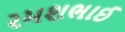
રમશભાઈ